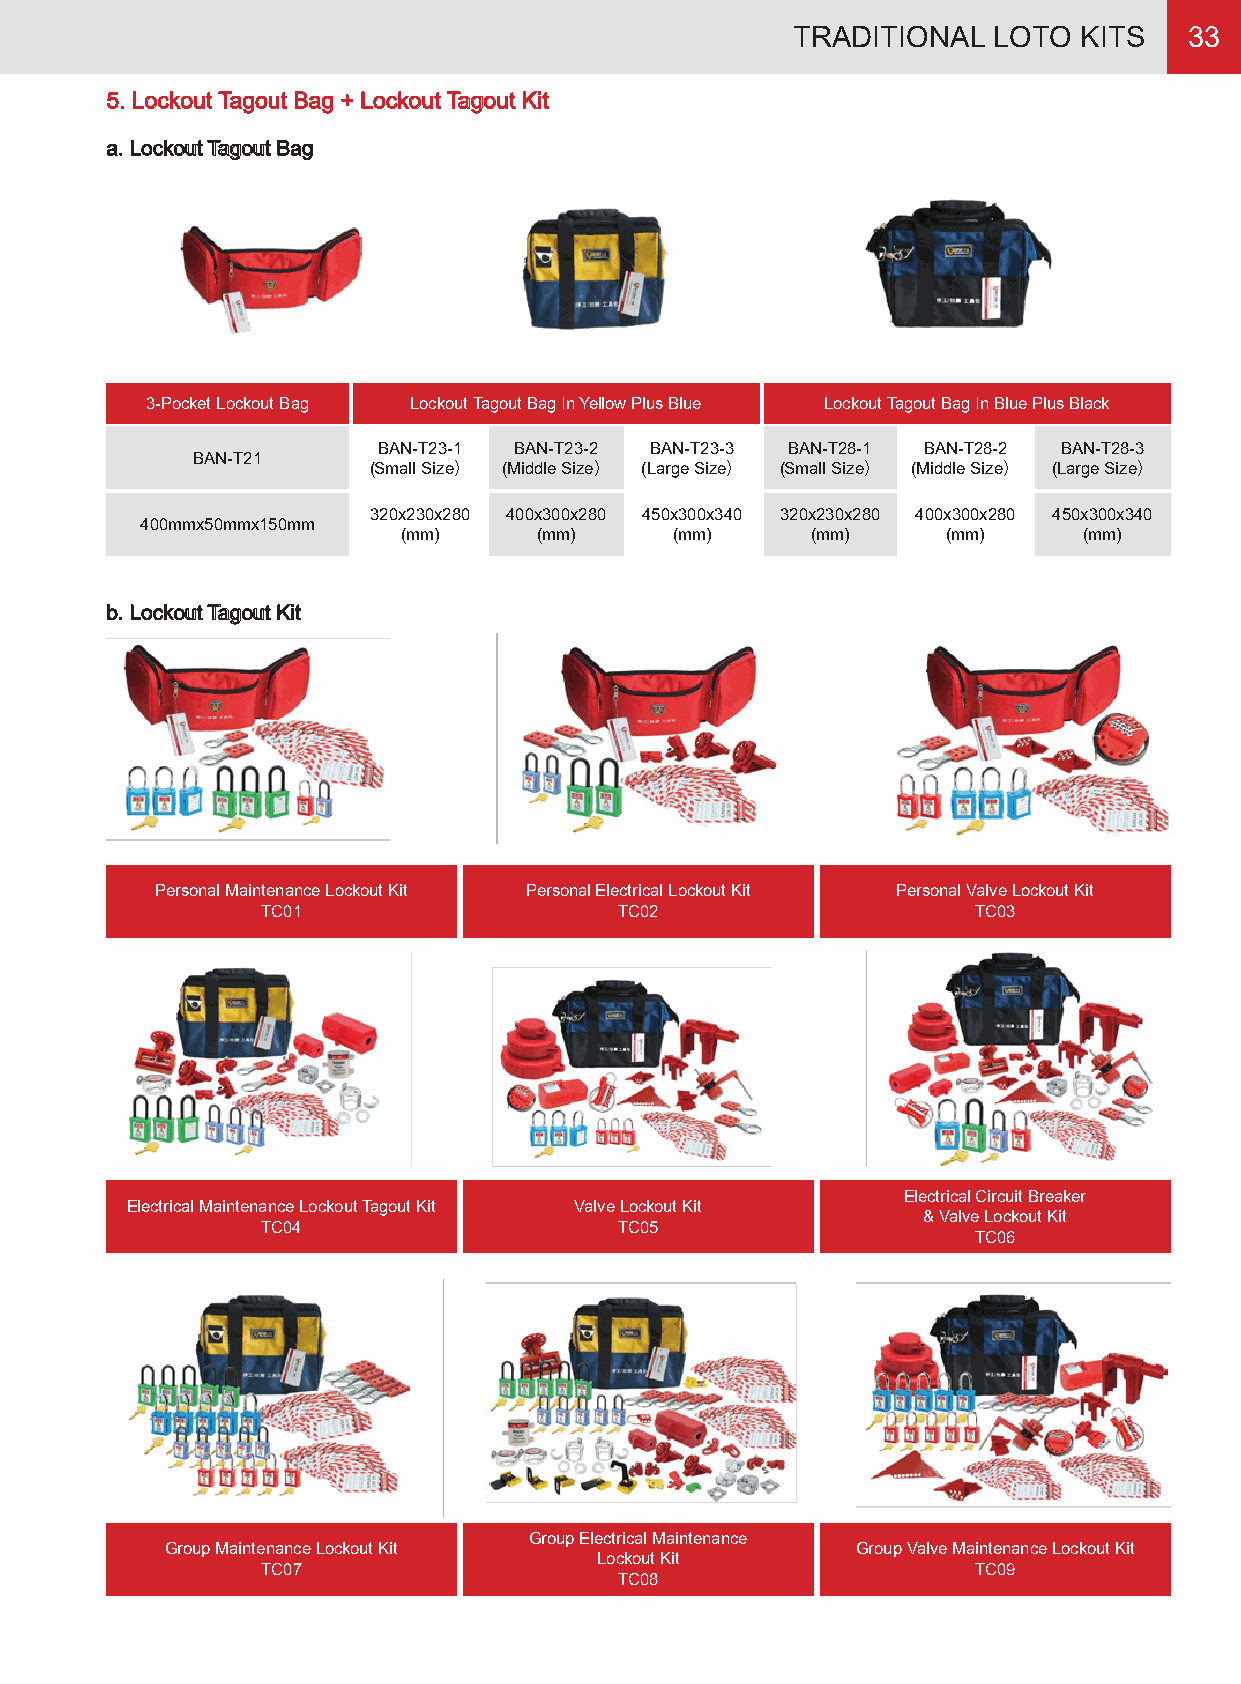
TRADITIONAL   LOTO KITS    33
 5. Lockout Tagout Bag + Lockout Tagout Kit
 a. Lockout Tagout Bag
 3-Pocket Lockout Bag Lockout Tagout Bag In Yellow Plus Blue Lockout Tagout Bag In Blue Plus Black
 BAN-T23-1 BAN-T23-2 BAN-T23-3 BAN-T28-1 BAN-T28-2 BAN-T28-3
 BAN-T21
 (Small Size） (Middle Size） (Large Size） (Small Size） (Middle Size） (Large Size）
 320x230x280 400x300x280 450x300x340 320x230x280 400x300x280 450x300x340
 400mmx50mmx150mm
 (mm)     (mm)     (mm)     (mm)     (mm)     (mm)
 b. Lockout Tagout Kit
 Personal Maintenance Lockout Kit Personal Electrical Lockout Kit Personal Valve Lockout Kit
 TC01                    TC02                   TC03
 Electrical Circuit Breaker
 Electrical Maintenance Lockout Tagout Kit Valve Lockout Kit
 & Valve Lockout Kit
 TC04                    TC05
 TC06
 Group Electrical Maintenance
 Group Maintenance Lockout Kit                 Group Valve Maintenance Lockout Kit
 Lockout Kit
 TC07                                           TC09
 TC08